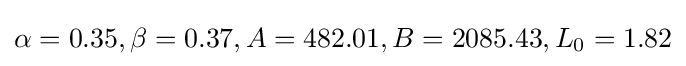
\alpha =0.35,\beta =0.37,A=482.01,B=2085.43,L_{0}=1.82